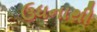
ઉધનાથી